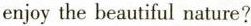
enjoy the beautiful nature?